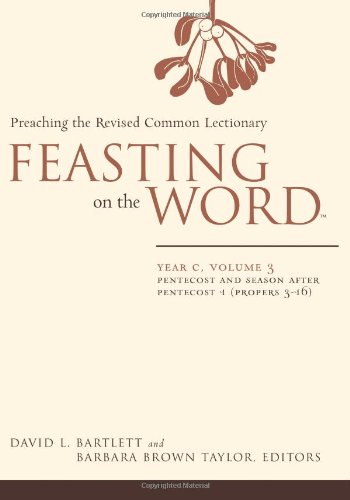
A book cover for Feasting on the Word: Year C, Vol. 3: Pentecost and Season after Pentecost (Propers 3-16); Christian Books & Bibles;